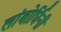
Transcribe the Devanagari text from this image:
लांबोर्घिनी